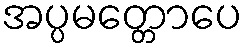
အပ္ပမတ္တောပေ